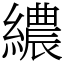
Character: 繷